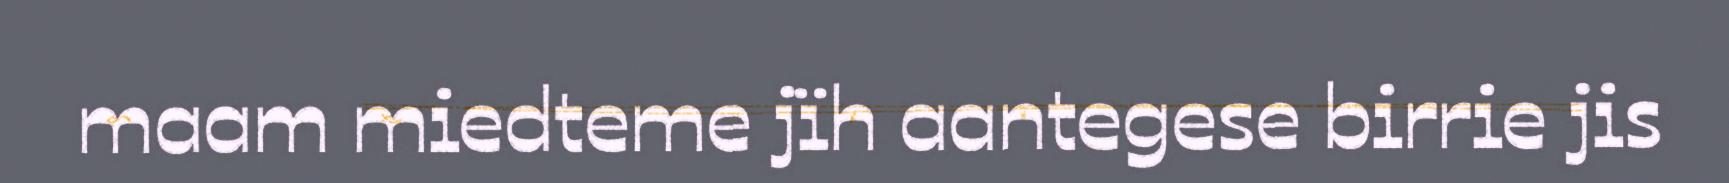
maam miedteme jïh aantegese birrie jis